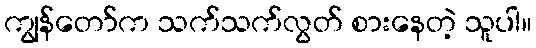
ကျွန်တော်က သက်သက်လွတ် စားနေတဲ့ သူပါ။